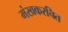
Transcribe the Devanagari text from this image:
मंखकरचित